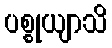
ပစ္စုယျာသိ